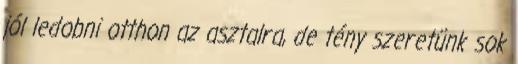
jól ledobni otthon az asztalra, de tény szeretünk sok